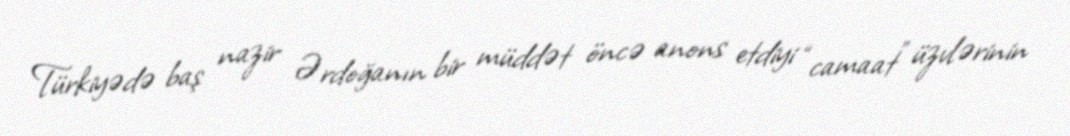
Türkiyədə baş nazir Ərdoğanın bir müddət öncə anons etdiyi “camaat” üzvlərinin